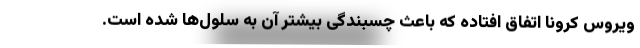
ویروس کرونا اتفاق افتاده که باعث چسبندگی بیشتر آن به سلول‌ها شده است.